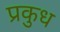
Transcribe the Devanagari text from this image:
प्रकुध